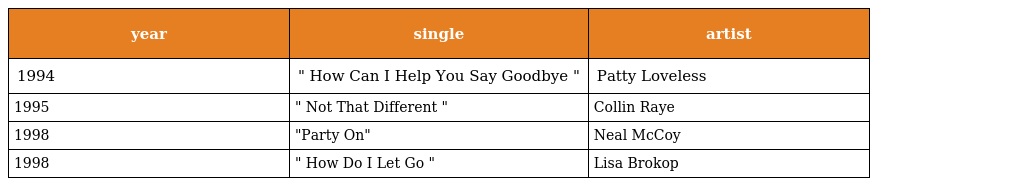
| year | single | artist |
 | --- | --- | --- |
 | 1994 | " How Can I Help You Say Goodbye " | Patty Loveless |
 | 1995 | " Not That Different " | Collin Raye |
 | 1998 | "Party On" | Neal McCoy |
 | 1998 | " How Do I Let Go " | Lisa Brokop |